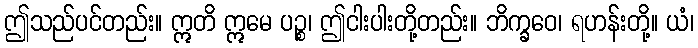
ဤသည်ပင်တည်း။ ဣတိ ဣမေ ပဉ္စ၊ ဤငါးပါးတို့တည်း။ ဘိက္ခဝေ၊ ရဟန်းတို့။ ယံ၊